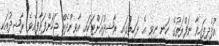
އުފެދިފައިވާ ނަފްރަތުގެ ކަނި ނިވި އެ ޅަހިތުގައި ރާޝިދުއަށްޓަކައި އާވިންދެއް ޖަހަންފަށާފިއެވެ. ރާޝިދުއަކީ